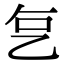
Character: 𬼟